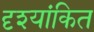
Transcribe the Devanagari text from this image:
दृश्यांकित